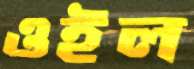
ওইল